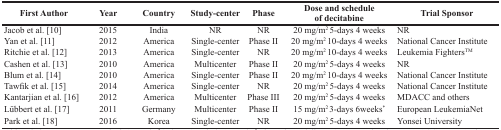
| First Author | Year | Country | Study-center | Phase | Dose and schedule of decitabine | Trial Sponsor |
 | --- | --- | --- | --- | --- | --- | --- |
 | Jacob et al. [10] | 2015 | India | NR | NR | 20 mg/m2 5-days 4 weeks | NR |
 | Yan et al. [11] | 2012 | America | Single-center | Phase II | 20 mg/m2 10-days 4 weeks | National Cancer Institute |
 | Ritchie et al. [12] | 2013 | America | Single-center | NR | 20 mg/m2 10-days 4 weeks | Leukemia FightersTM |
 | Cashen et al. [13] | 2010 | America | Multicenter | Phase II | 20 mg/m2 5-days 4 weeks | NR |
 | Blum et al. [14] | 2010 | America | Single-center | Phase II | 20 mg/m2 10-days 4 weeks | National Cancer Institute |
 | Tawfik et al. [15] | 2014 | America | Single-center | NR | 20 mg/m2 5-days 4 weeks | National Cancer Institute |
 | Kantarjian et al. [16] | 2012 | America | Multicenter | Phase III | 20 mg/m2 5-days 4 weeks | MDACC and others |
 | Lübbert et al. [17] | 2011 | Germany | Multicenter | Phase II | 15 mg/m2 3-days 6weeks* | European LeukemiaNet |
 | Park et al. [18] | 2016 | Korea | Single-center | NR | 20 mg/m2 5-days 4 weeks | Yonsei University |